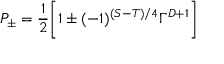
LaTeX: P _ { \pm } = \frac { 1 } { 2 } \biggl [ 1 \pm ( - 1 ) ^ { ( S - T ) / 4 } \Gamma ^ { D + 1 } \biggr ]